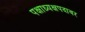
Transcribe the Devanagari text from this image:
पक्षाध्यक्षपदावर